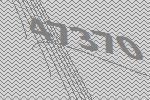
47370